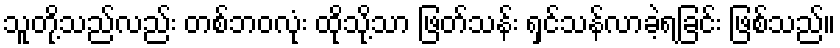
သူတို့သည်လည်း တစ်ဘဝလုံး ထိုသို့သာ ဖြတ်သန်း ရှင်သန်လာခဲ့ရခြင်း ဖြစ်သည်။